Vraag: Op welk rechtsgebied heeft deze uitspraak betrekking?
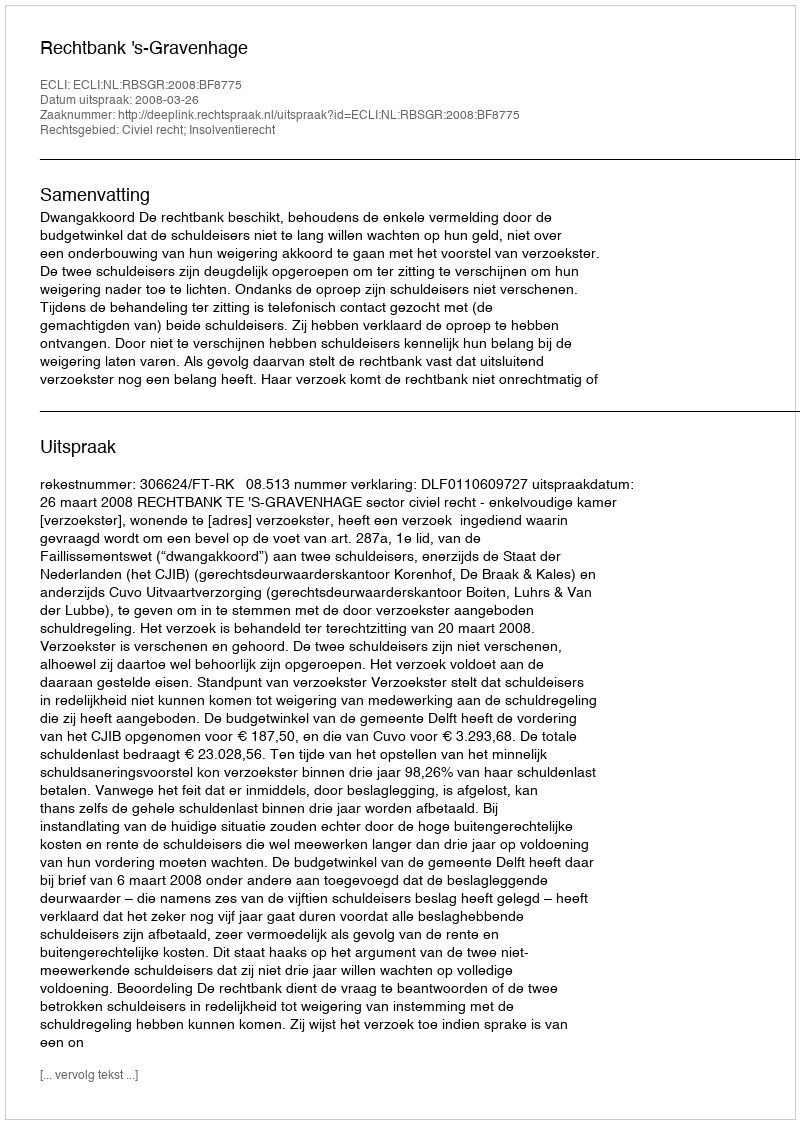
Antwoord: Civiel recht; Insolventierecht